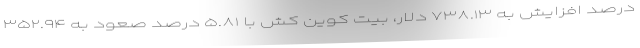
درصد افزایش به ۷۳۸.۱۳ دلار، بیت کوین کش با ۵.۸۱ درصد صعود به ۳۵۲.۹۴